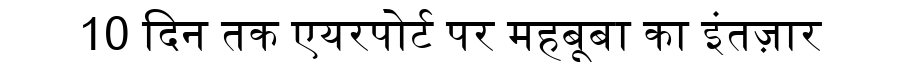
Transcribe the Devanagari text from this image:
10 दिन तक एयरपोर्ट पर महबूबा का इंतज़ार